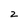
Character: z